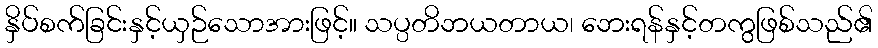
နှိပ်စက်ခြင်းနှင့်ယှဉ်သောအားဖြင့်။ သပ္ပတိဘယတာယ၊ ဘေးရန်နှင့်တကွဖြစ်သည်၏